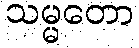
သမ္မတော